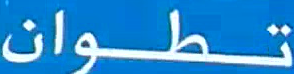
تطوان